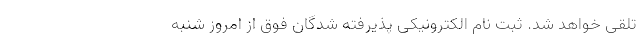
تلقی خواهد شد. ثبت نام الکترونیکی پذیرفته شدگان فوق از امروز شنبه